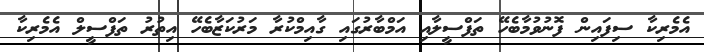
އެމެރިކާ ސިފައިން ފޮނުވުމާބެހޭ ތަފްސީލާއި އަމްބާރުގައި ގާއިމްކުރާ މަރުކަޒާބެހޭ އިތުރު ތަފްސީލް އެމެރިކާ